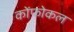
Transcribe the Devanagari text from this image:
कोंफोकल